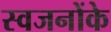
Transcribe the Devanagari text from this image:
स्वजनोंके